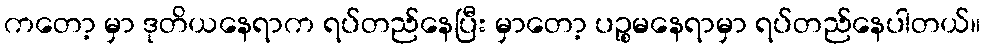
ကတော့ မှာ ဒုတိယနေရာက ရပ်တည်နေပြီး မှာတော့ ပဉ္စမနေရာမှာ ရပ်တည်နေပါတယ်။